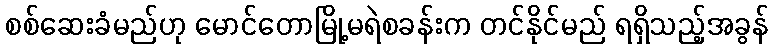
စစ်ဆေးခံမည်ဟု မောင်တောမြို့မရဲစခန်းက တင်နိုင်မည် ရရှိသည့်အခွန်